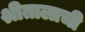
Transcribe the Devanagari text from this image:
श्रीतालाची